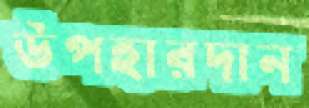
উপহারদান